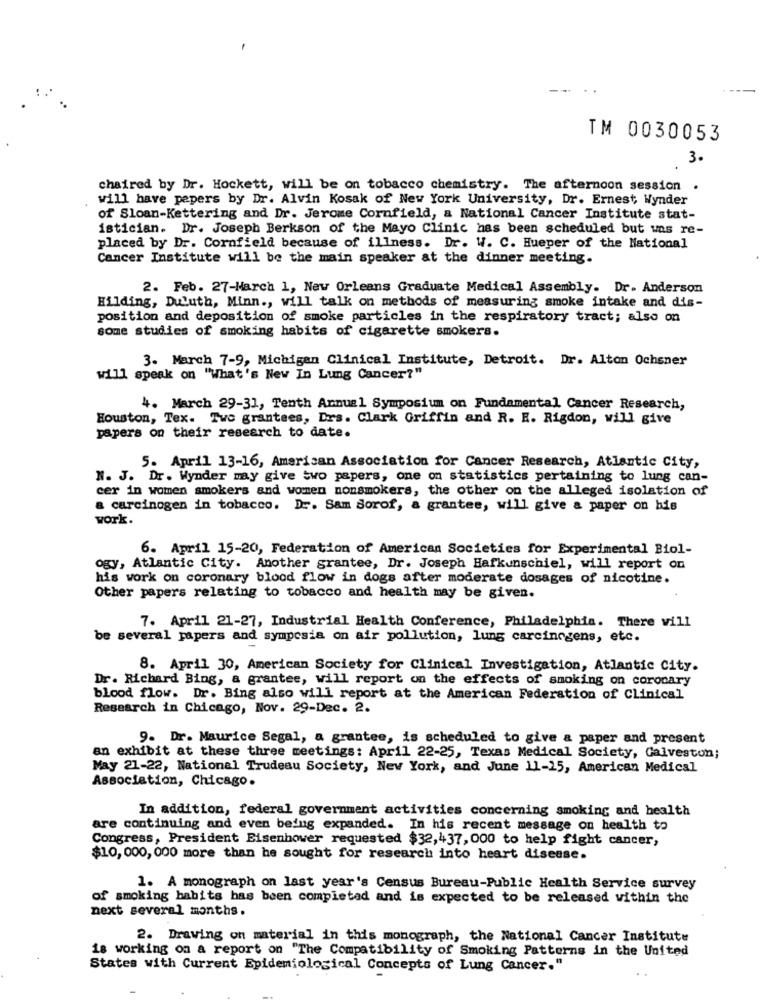
TM 0030053
3.
chaired by Dr. Hockett, will be on tobacco chemistry. The afternoon session .
will have pepers by Dr. Alvin Kosak of New York University, Dr. Ernest, Wynder
of Sloan-Kettering and Dr. Jerome Cornfield, a National Cancer Institute stat-
istician. Dr. Joseph Berkson of the Mayo Clinic has been scheduled but was re-
placed by Dr. Cornfield because of illness. Dr. W. C. Hueper of the National
Cancer Institute will be the main speaker at the dinner meeting.
2. Feb. 27-March 1, New Orleans Graduate Medical Assembly. Dr. Anderson
Hilding, DuLuth, Minn ., will talk on methods of measuring smoke intake and dis-
position and deposition of smoke particles in the respiratory tract; also on
some studies of smoking habits of cigarette smokers.
3. March 7-9, Michigan Clinical Institute, Detroit. Dr. Alton Ochsner
will speak on "What's New In Lung Cancer?"
4. March 29-31, Tenth Annual Symposium on Fundamental Cancer Research,
Houston, Tex. Two grantees, Drs. Clark Griffin and R. E. Rigdon, will give
papers on their research to date.
5. April 13-16, American Association for Cancer Research, Atlantic City,
N. J. Dr. Wynder may give two papers, one on statistics pertaining to lung can-
cer in women smokers and women nonsmokers, the other on the alleged isolation of
a carcinogen in tobacco. Dr. Sam Borof, a grantee, will give a paper on his
work.
6. April 15-20, Federation of American Societies for Experimental Biol-
ogy, Atlantic City. Another grantee, Dr. Joseph Hafkunschiel, will report on
his work on coronary blood flow in dogs after moderate dosages of nicotine.
Other papers relating to tobacco and health may be given.
7. April 21-27, Industrial Health Conference, Philadelphia. There will
be several papers and symposia on air pollution, lung carcinogens, etc.
8. April 30, American Society for Clinical Investigation, Atlantic City.
Dr. Richard Bing, a grantee, will report on the effects of smoking on coronary
blood flow. Dr. Bing also will report at the American Federation of Clinical
Research in Chicago, Nov. 29-Dec. 2.
9. Dr. Maurice Segal, a grantee, is scheduled to give a paper and present
an exhibit at these three meetings: April 22-25, Texas Medical Society, Galveston;
May 21-22, National Trudeau Society, New York, and June 11-15, American Medical
Association, Chicago.
In addition, federal government activities concerning smoking and health
are continuing and even being expanded. In his recent message on health to
Congress, President Eisenhower requested $32,437, 000 to help fight cancer,
$10, 000, 000 more than he sought for research into heart disease.
1. A monograph on last year's Census Bureau-Public Health Service survey
of smoking babits has been compietad and is expected to be released within the
next several months.
2. Drawing on material in this monograph, the National Cancer Institute
is working on a report on "The Compatibility of Smoking Patterns in the United
States with Current Epidemiological Concepts of Lung Cancer."